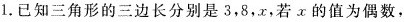
1.已知三角形的三边长分别是3，8，x，若τ的值为偶数，